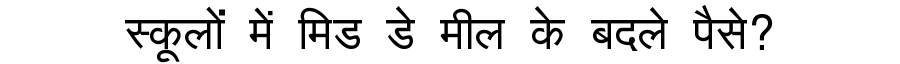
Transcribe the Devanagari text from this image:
स्कूलों में मिड डे मील के बदले पैसे?